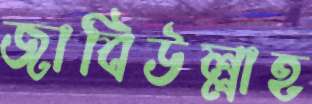
জাবিউল্লাহ